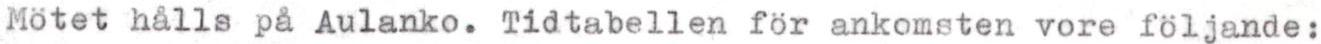
Mötet hålls på Aulanko. Tidtabellen för ankomsten vore följande: